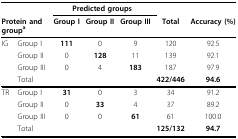
|  |  | <COLSPAN=3> Predicted groups |  |  |
 | <COLSPAN=2> Protein and groupa | Group I | Group II | Group III | Total | Accuracy (%) |
 | --- | --- | --- | --- | --- | --- | --- |
 | IG | Group I | 111 | 0 | 9 | 120 | 92.5 |
 |  | Group II | 0 | 128 | 11 | 139 | 92.1 |
 |  | Group III | 0 | 4 | 183 | 187 | 97.9 |
 |  | Total |  |  |  | 422/446 | 94.6 |
 | TR | Group I | 31 | 0 | 3 | 34 | 91.2 |
 |  | Group II | 0 | 33 | 4 | 37 | 89.2 |
 |  | Group III | 0 | 0 | 61 | 61 | 100.0 |
 |  | Total |  |  |  | 125/132 | 94.7 |